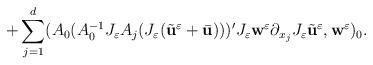
LaTeX: \begin{align*}+ \sum_{j=1}^{d} (A_{0}(A_{0}^{-1}J_{\varepsilon} A_{j}(J_{\varepsilon}(\tilde{\textbf{u}}^{\varepsilon}+\bar{\textbf{u}})))' J_{\varepsilon}\textbf{w}^{\varepsilon} \partial_{x_{j}}J_{\varepsilon}\tilde{\textbf{u}}^{\varepsilon}, \textbf{w}^{\varepsilon})_{0}.\end{align*}